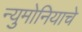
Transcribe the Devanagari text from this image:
न्युमोनियाचे